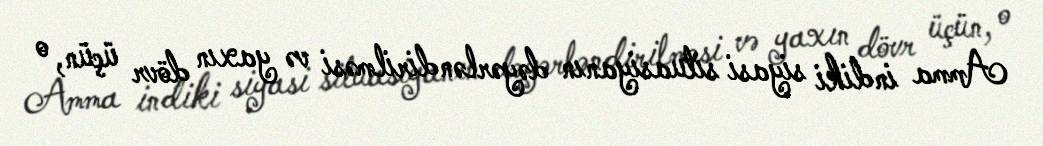
Amma indiki siyasi situasiyanın dəyərləndirilməsi və yaxın dövr üçün, o